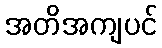
အတိအကျပင်